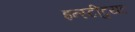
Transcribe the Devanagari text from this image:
इन्स्टीटुयट